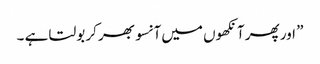
” اور پھر آنکھوں میں آنسو بھر کر بولتا ہے ۔